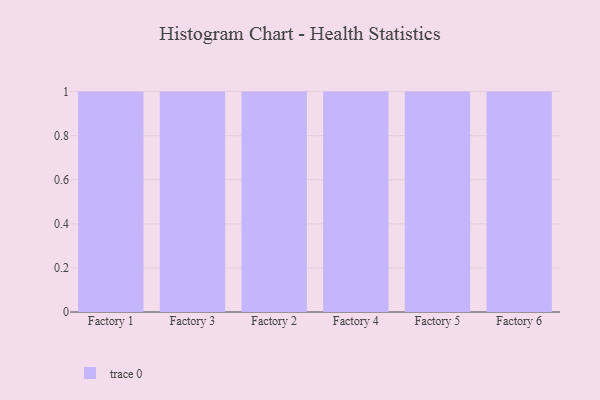
{"axis": {"x": "Factory", "y": "Conversion Rate (%)"}, "legend": [""], "data": [{"x": "Factory 1", "y": 33, "type": ""}, {"x": "Factory 3", "y": 22, "type": ""}, {"x": "Factory 2", "y": 2, "type": ""}, {"x": "Factory 4", "y": 14, "type": ""}, {"x": "Factory 5", "y": 17, "type": ""}, {"x": "Factory 6", "y": 3, "type": ""}]}